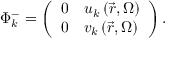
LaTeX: \Phi _ { k } ^ { - } = \left( { \begin{array} { l l } { { 0 } } & { { { u _ { k } \left( { \vec { r } , \Omega } \right) } } } \\ { { 0 } } & { { { v _ { k } \left( { \vec { r } , \Omega } \right) } } } \end{array} } \right) .